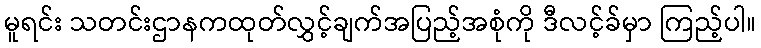
မူရင်း သတင်းဌာနကထုတ်လွှင့်ချက်အပြည့်အစုံကို ဒီလင့်ခ်မှာ ကြည့်ပါ။